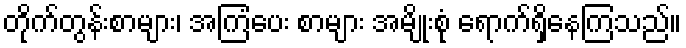
တိုက်တွန်းစာများ၊ အကြံပေး စာများ အမျိုးစုံ ရောက်ရှိနေကြသည်။